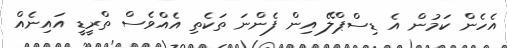
އެހެން ކަމުން އެ ޑިސްޕްލޭ އިން ފެންނަ ތަކެތި އެއްވެސް ތްރީޑީ އައިނެއް